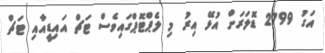
އަގު 2799 ޑޮލަރަށް އުޅޭ އިރު މި ލެޕްޓޮޕްގައިވެސް ޓަޗް އައިޑީއާއި ޓަޗް